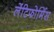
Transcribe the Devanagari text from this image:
लेंटिफोर्मिस